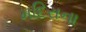
મદિરાના